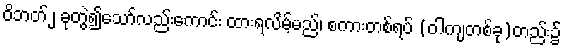
ဝိဘတ်၂ ခုတွဲ၍သော်လည်းကောင်း ထားရလိမ့်မည်၊ စကားတစ်ရပ် (ဝါကျတစ်ခု)တည်း၌